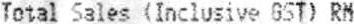
TOTAL SALES (INCLUSIVE GST) RM